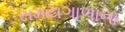
સમયગાળાના